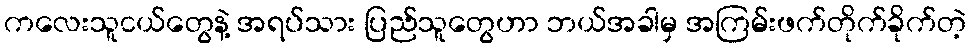
ကလေးသူငယ်တွေနဲ့ အရပ်သား ပြည်သူတွေဟာ ဘယ်အခါမှ အကြမ်းဖက်တိုက်ခိုက်တဲ့